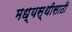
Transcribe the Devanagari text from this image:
मध्यस्थीसाठी